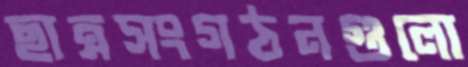
ছাত্রসংগঠনগুলো